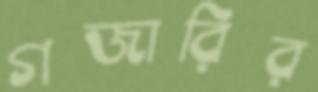
গজারির